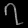
Digit: ၇